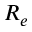
R _ { e }